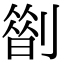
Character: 𠟏